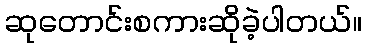
ဆုတောင်းစကားဆိုခဲ့ပါတယ်။